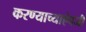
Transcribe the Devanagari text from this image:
करण्याच्याऐवजी